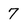
Character: 7